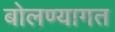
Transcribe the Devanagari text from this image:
बोलण्यागत